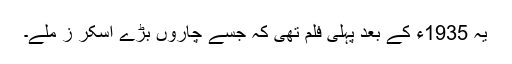
یہ 1935ء کے بعد پہلی فلم تھی کہ جسے چاروں بڑے آسکر ز ملے۔